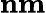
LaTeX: \mathbf{nm}